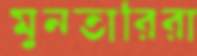
মুনতারিরা